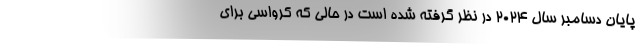
پایان دسامبر سال ۲۰۲۴ در نظر گرفته شده است در حالی که کرواسی برای